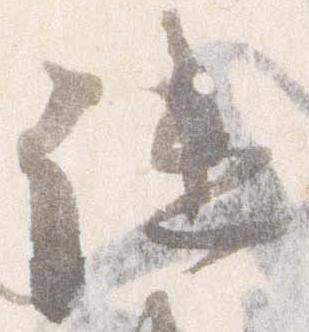
譴